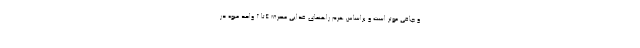
و چاقی موثر است و براساس هرم راهنمای غذایی مصرف 4تا 2 واحد میوه در